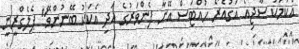
އެކަމަކު ސާޖިއޯ އަގުއެރޯ ހުއްޓަސް އޭނާ ފެންވަރުގެ އަދި އެކަކު ބޭނުންވޭ" ޕެލެގްރީނީ